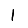
Digit: 1